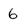
Character: 6